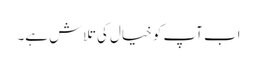
اب آپ کو خیال کی تلاش ہے۔